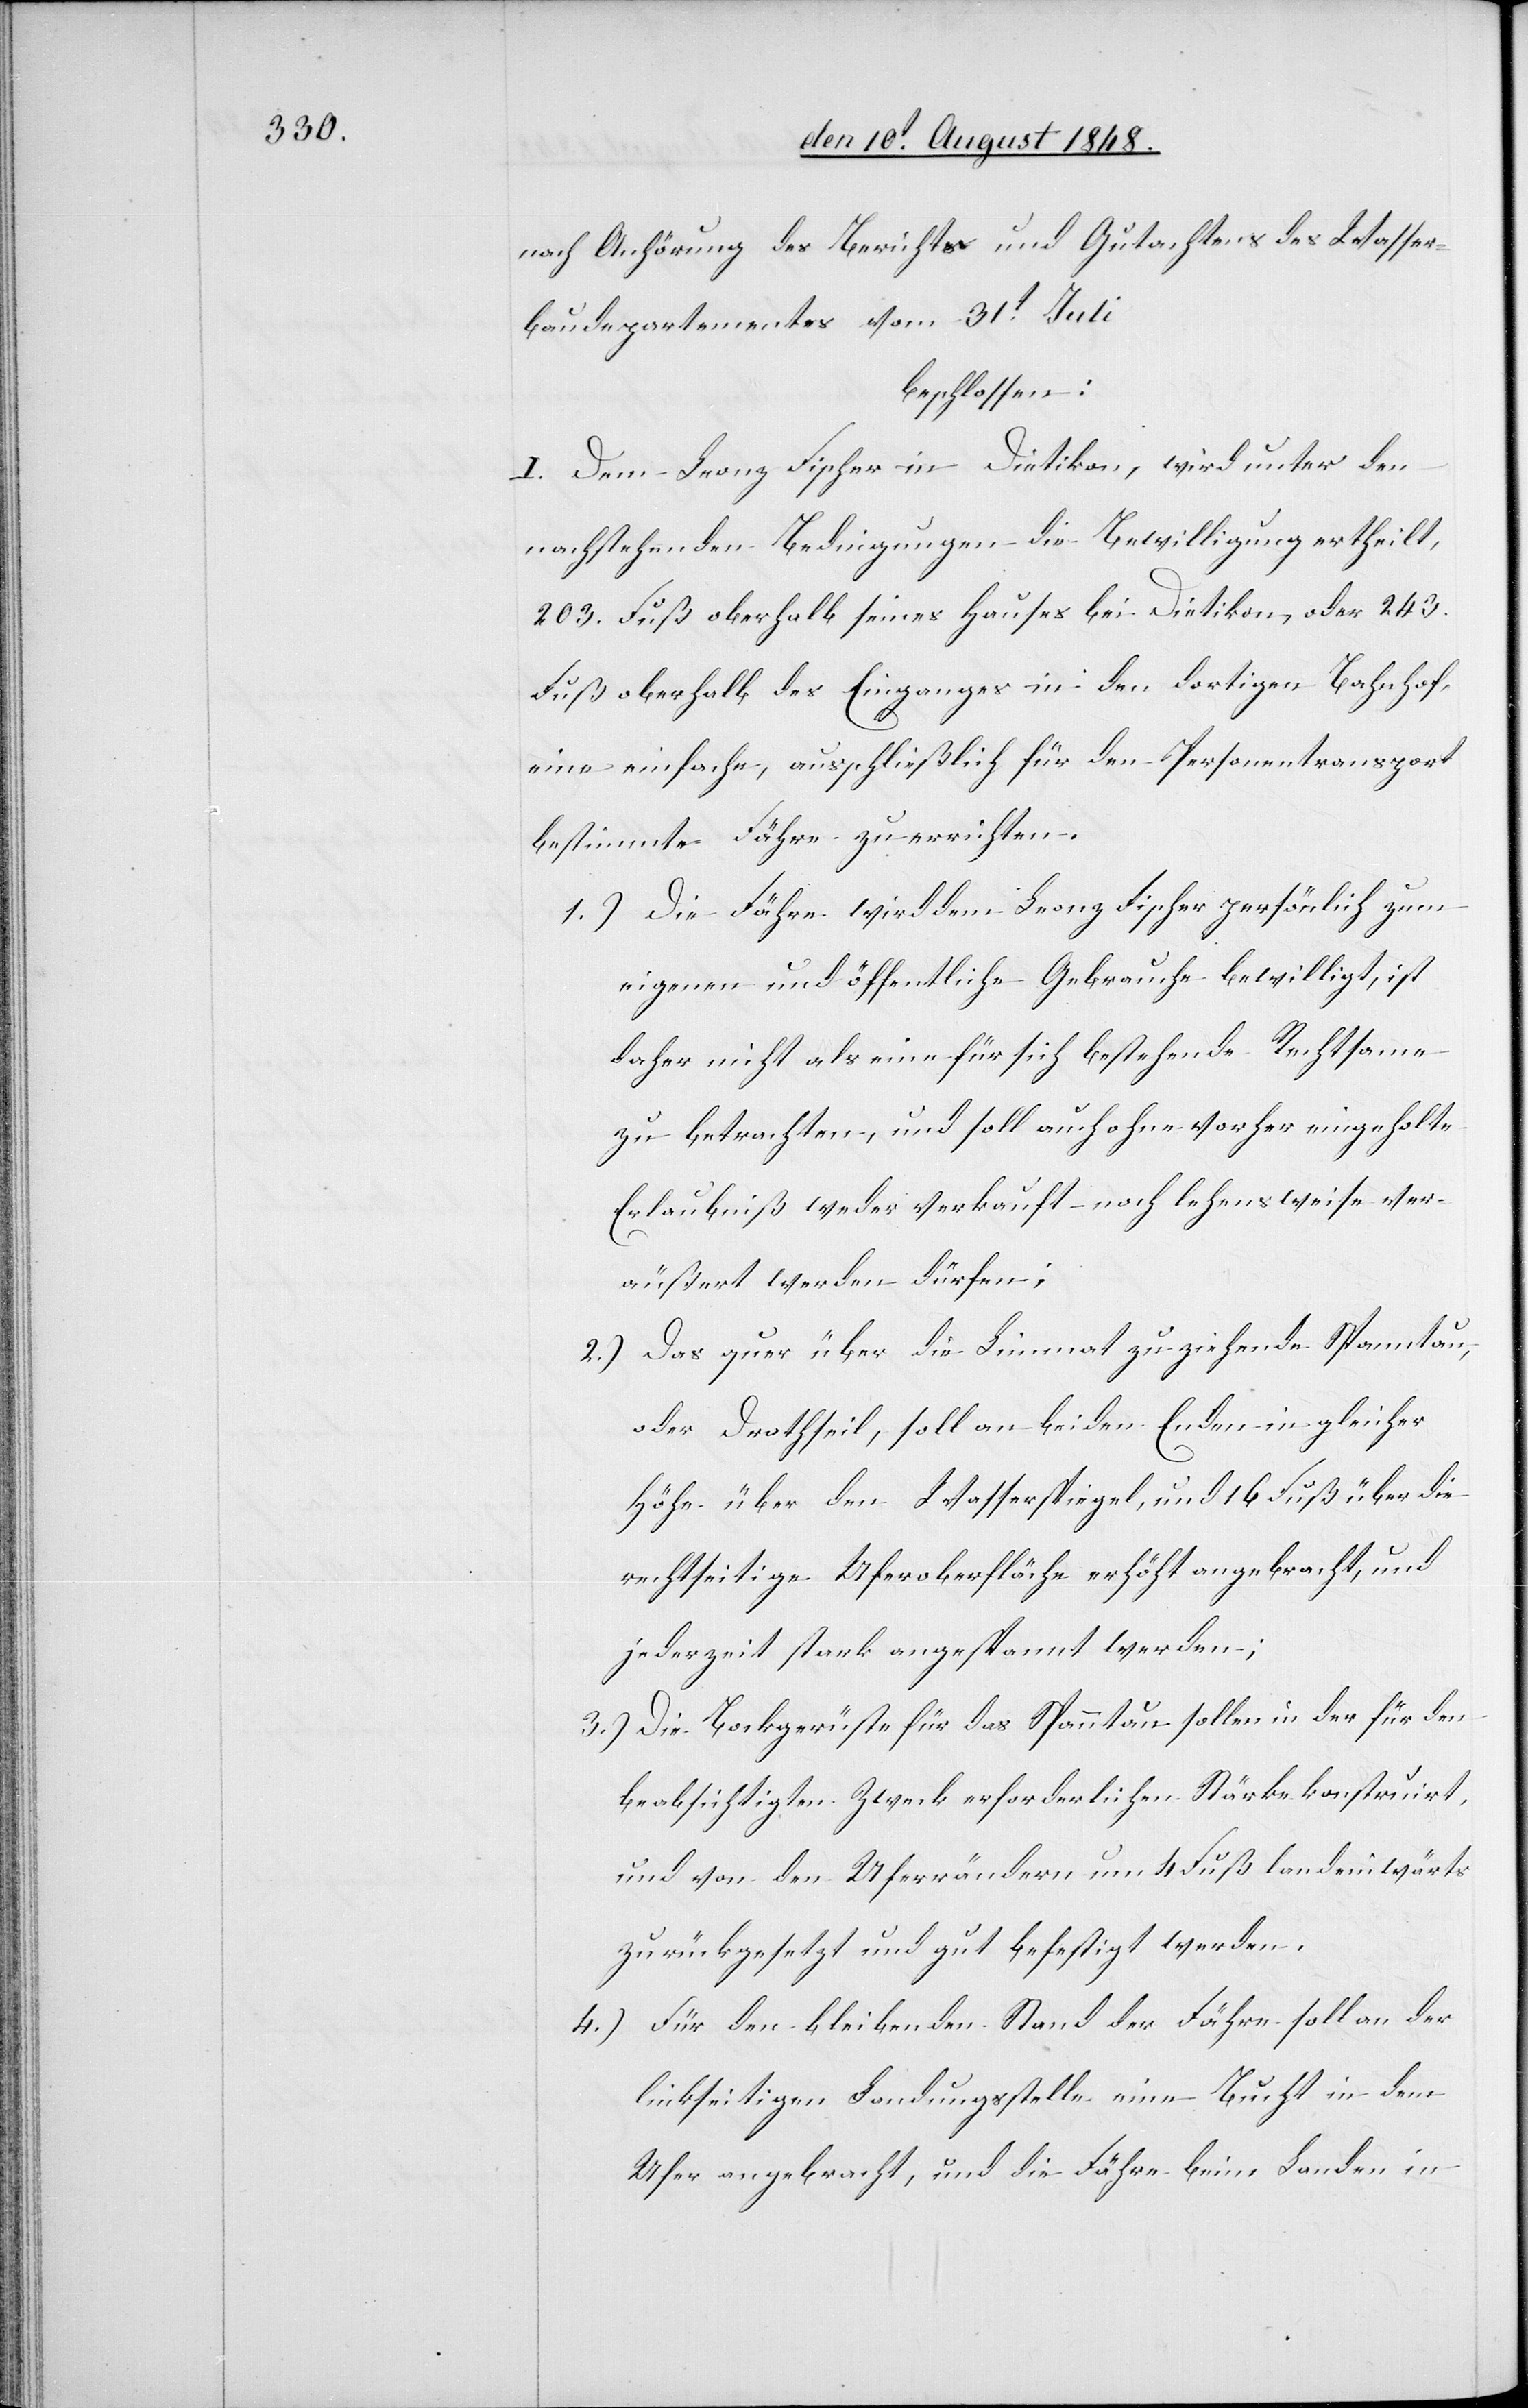
nach Anhörung des Berichtes und Gutachtens des Wasser¬
baudepartementes vom 31t Juli
beschlossen:
I. Dem Franz Fischer in Dietikon, wird unter den
nachstehenden Bedingungen die Bewilligung ertheilt,
Fuß oberhalb des Einganges in den dortigen Bahnhof,
eine einfache, ausschließlich für den Personentransport
bestimmte Fähre zu errichten.
1.) Die Fähre wird dem Franz Fischer persönlich zum
eigenen und öffentliche[n] Gebrauche bewilligt, ist
daher nicht als eine für sich bestehende Rechtsame
zu betrachten, und soll auch ohne vorher eingeholte
Erlaubniß weder verkauft noch lehensweise ver¬
äußert werden dürfen;
2.) Das quer über die Limmat zu ziehende Spanntau,
oder Drathseil, soll an beiden Enden in gleicher
Höhe über den Wasserspiegel, und 16. Fuß über die
rechtseitige Uferoberfläche erhöht angebracht, und
jederzeit stark angespannt werden;
3.) Die Bockgerüste für das Spanntau sollen in der für den
beabsichtigten Zweck erforderlichen Stärke konstruirt,
und von den Uferrändern um 4. Fuß landeinwärts
zurückgesetzt und gut befestigt werden.
4.) Für den bleibenden Stand der Fähre soll an der
linkseitigen Landungsstelle eine Bucht in dem
Ufer angebracht, und die Fähre beim Landen in